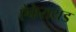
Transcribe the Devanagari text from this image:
ऐकेरायड